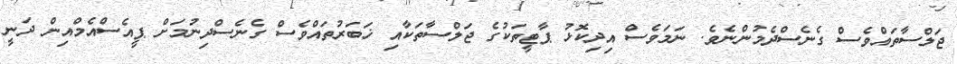
ޖަލްސާތައްވެސް ގެނެސްދެމުންނެވެ. ނަމަވެސް އިދިކޮޅު ޕާޓީތަކުގެ ޖަލްސާތަކާއި ޚަބަރުތައްވެސް ގެނެސްދިނުމަށް ޕީއެސްއެމްއިން ދަނީ